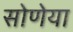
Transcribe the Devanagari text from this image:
सोणेया